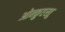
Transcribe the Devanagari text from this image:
ओन्क़ुएस्तु